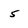
Character: 5